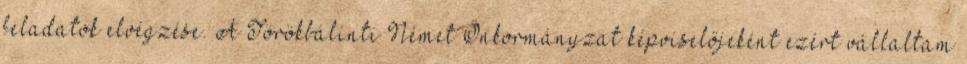
feladatok elvégzése. A Törökbálinti Német Önkormányzat képviselőjeként ezért vállaltam